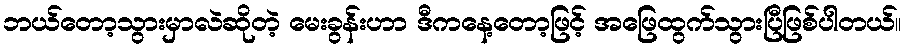
ဘယ်တော့သွားမှာလဲဆိုတဲ့ မေးခွန်းဟာ ဒီကနေ့တော့ဖြင့် အဖြေထွက်သွားပြီဖြစ်ပါတယ်။